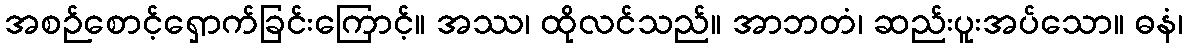
အစဉ်စောင့်ရှောက်ခြင်းကြောင့်။ အဿ၊ ထိုလင်သည်။ အာဘတံ၊ ဆည်းပူးအပ်သော။ ဓနံ၊